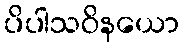
ပိပါသဝိနယော